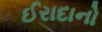
ઈરાદાનો